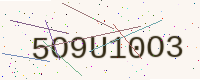
Text: 5O9U10O3